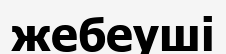
жебеуші